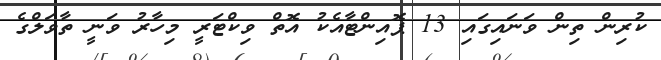
ކުރިން ތިން ވަނައިގައި 13 ޕޮއިންޓާއެކު އޮތް ވިކްޓަރީ މިހާރު ވަނީ ތާވަލްގެ